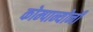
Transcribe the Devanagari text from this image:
कोम्पान्योनी